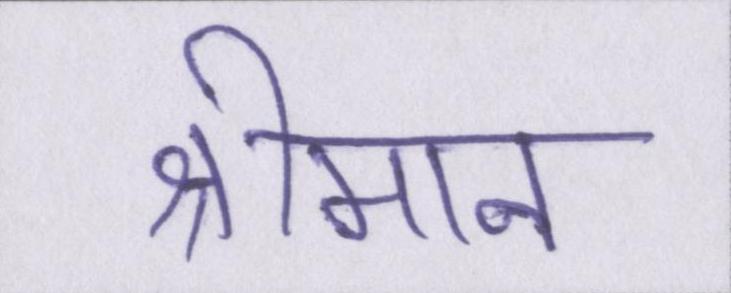
श्रीमान